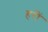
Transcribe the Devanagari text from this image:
हरीं